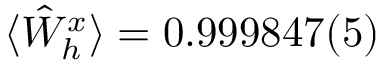
\langle \hat { W } _ { h } ^ { x } \rangle = 0 . 9 9 9 8 4 7 ( 5 )